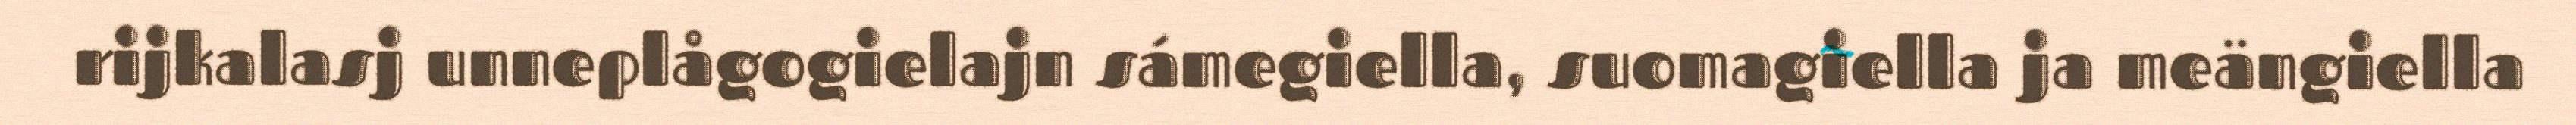
rijkalasj unneplågogielajn sámegiella, suomagiella ja meängiella